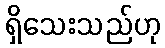
ရှိသေးသည်ဟု